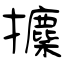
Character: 攈